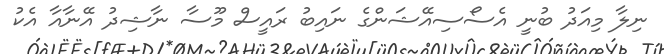
ނިލާ މިއަދު ބުނީ އެސޯސިއޭޝަންގެ ނައިބު ރައީސް މޫސާ ނާޝިދު އޭނާއާ އެކު